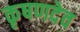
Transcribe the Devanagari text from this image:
कृषणदेव